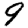
Digit: 9